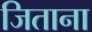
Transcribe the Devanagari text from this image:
जिताना